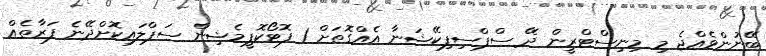
ބޭނުންވެއްޖެ މި މިނިސްޓްރީން ދޭ ސްޕްސިފިކޭޝަނާ އެއްގޮތަށް 1 ފޮޓޯކޮޕީމެޝިން ސަޕްލައިކޮށްދޭނެ ފަރާތެއް